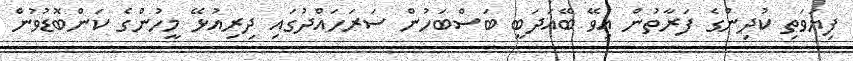
ފިޔަވަތި ކުދިންގެ ފަރާތުން އިވޭ ބޭއަދަބީ ބަސްބަހުން ސަރަހައްދުގައި ދިރިއުޅޭ މީހުންގެ ކަންބޮޑުވުން